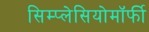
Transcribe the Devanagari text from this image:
सिम्प्लेसियोमॉर्फी